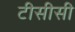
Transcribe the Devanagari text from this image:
टीसीसी